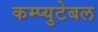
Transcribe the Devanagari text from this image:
कम्प्युटेबल